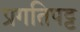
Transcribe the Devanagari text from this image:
प्रगतिपट्ट